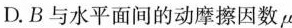
D.B与水平面间的动摩擦因数μ